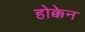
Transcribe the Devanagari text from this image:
होक्केन